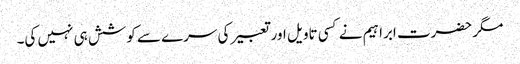
مگر حضرت ابراہیم نے کسی تاویل اور تعبیر کی سرے سے کوشش ہی نہیں کی۔